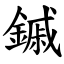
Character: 鏚